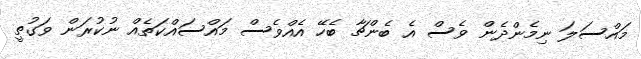
މައްސަލަ ނިމެންދެން ވެސް އެ ބެންޗާ ބެހޭ އެއްވެސް މައްސައްކަތެއް ނުކުރަން ވަގުތީ